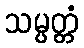
သမ္ပတ္တံ